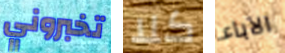
تخبروني كلا الآباء